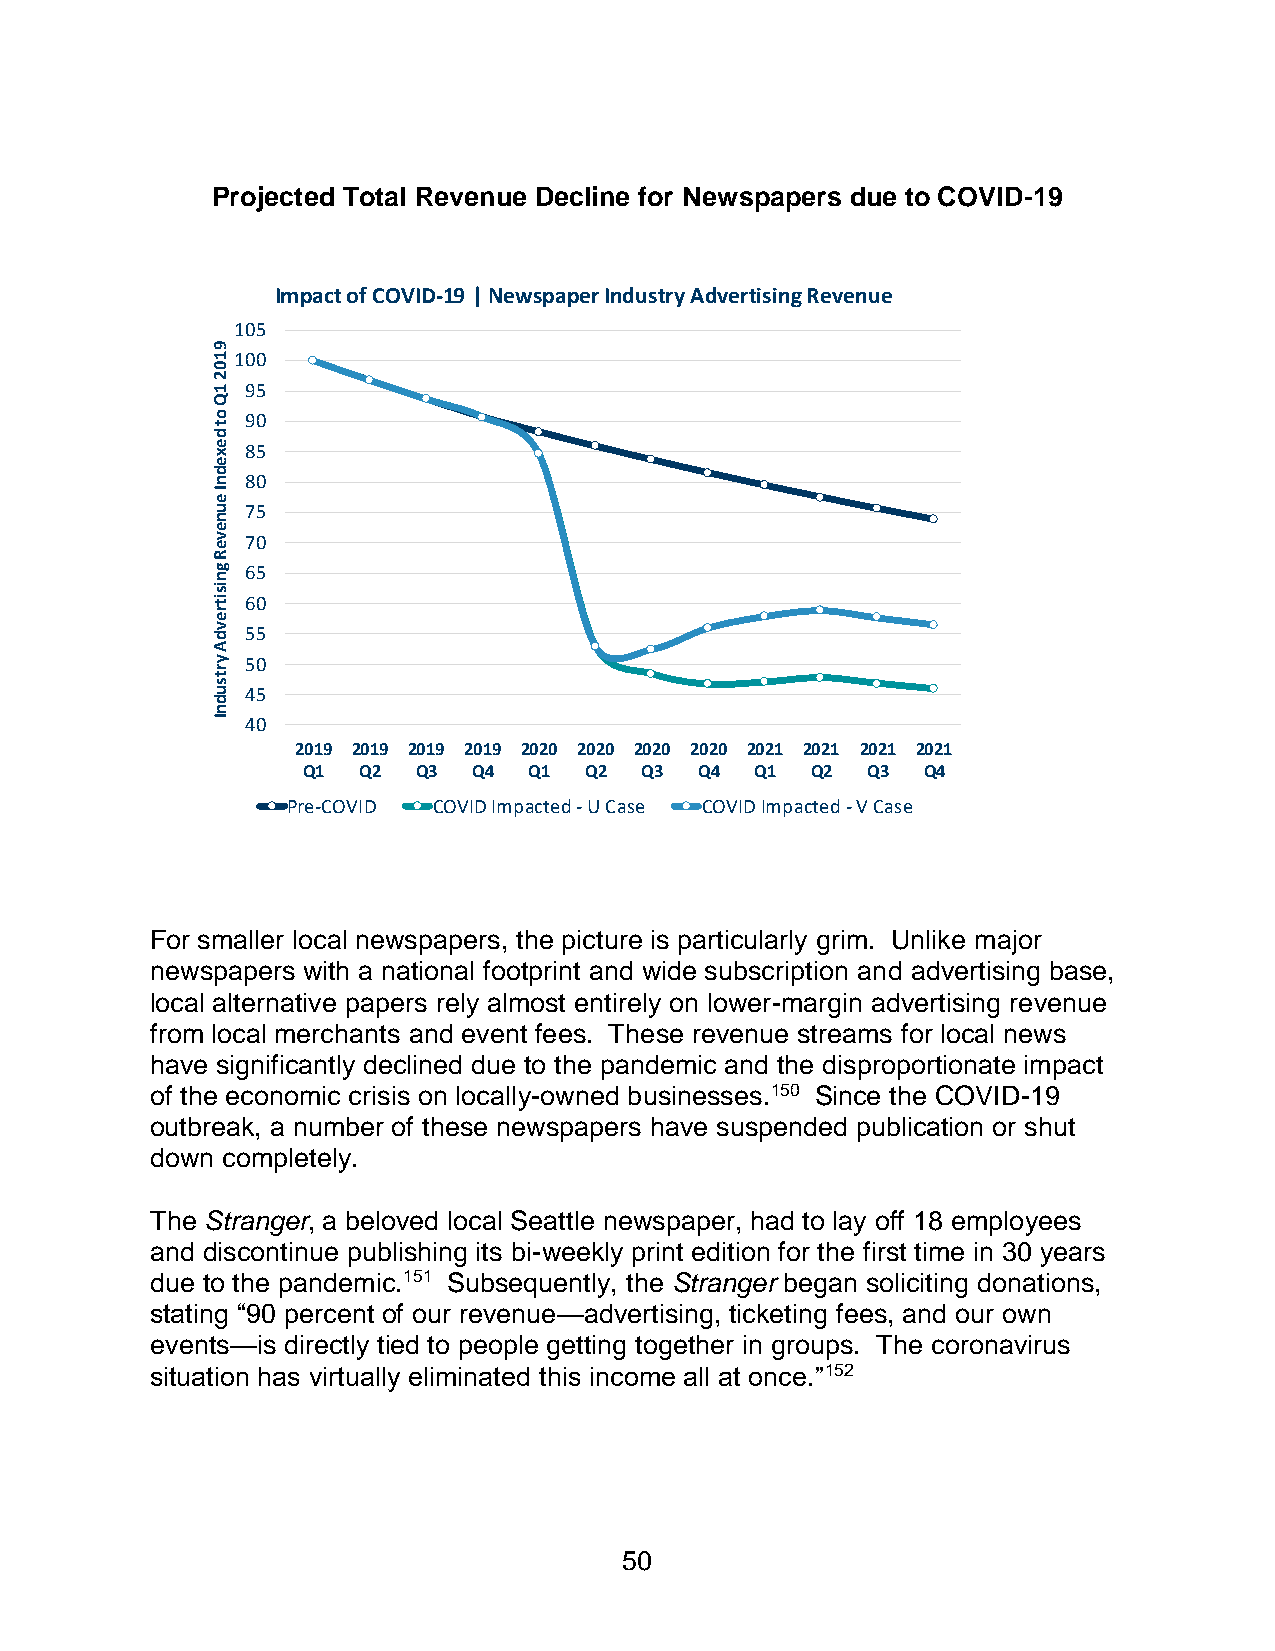
Projected Total Revenue Decline for Newspapers due to COVID-19
 Impact of COVID-19 | Newspaper Industry Advertising Revenue
 105
 9
 1100
 0
 2
 1 95
 Q
 o 90
 t
 d
 e x 85
 e
 d
 n 80
 I
 e
 u 75
 n
 e
 v e 70
 R
 g 65
 n
 is
 it 60
 r
 e
 v d 55
 A
 y 50
 r
 t
 s
 u 45
 d
 n
 I 40
 2019 2019 2019 2019 2020 2020 2020 2020 2021 2021 2021 2021
 Q1  Q2  Q3 Q4  Q1  Q2 Q3  Q4  Q1  Q2 Q3  Q4
 Pre-COVID COVID Impacted - U Case COVID Impacted - V Case
 For smaller local newspapers, the picture is particularly grim. Unlike major
 newspapers with a national footprint and wide subscription and advertising base,
 local alternative papers rely almost entirely on lower-margin advertising revenue
 from local merchants and event fees. These revenue streams for local news
 have significantly declined due to the pandemic and the disproportionate impact
 of the economic crisis on locally-owned businesses.150 Since the COVID-19
 outbreak, a number of these newspapers have suspended publication or shut
 down completely.
 The Stranger, a beloved local Seattle newspaper, had to lay off 18 employees
 and discontinue publishing its bi-weekly print edition for the first time in 30 years
 due to the pandemic.151 Subsequently, the Stranger began soliciting donations,
 stating “90 percent of our revenue—advertising, ticketing fees, and our own
 events—is directly tied to people getting together in groups. The coronavirus
 situation has virtually eliminated this income all at once.”152
 50